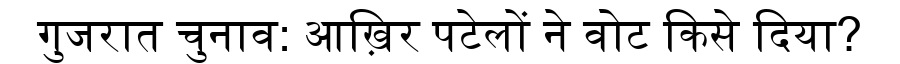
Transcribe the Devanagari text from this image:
गुजरात चुनाव: आख़िर पटेलों ने वोट किसे दिया?